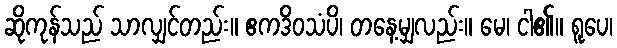
ဆိုကုန်သည် သာလျှင်တည်း။ ဧကဒိဝသံပိ၊ တနေ့မျှလည်း။ မေ၊ ငါ၏။ ရူပေ၊